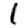
Digit: 1